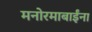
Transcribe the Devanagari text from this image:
मनोरमाबाईंना